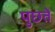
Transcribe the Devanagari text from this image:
पुछतें